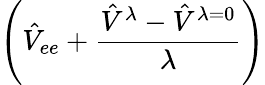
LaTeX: \left(\hat{V}_{ee}+\frac{\hat{V}^{\lambda}-\hat{V}^{\lambda=0}}{\lambda}\right)